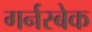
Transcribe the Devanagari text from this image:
गर्नस्बेक